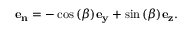
\mathbf { e _ { n } } = - \cos { ( \beta ) } \mathbf { e _ { y } } + \sin { ( \beta ) } \mathbf { e _ { z } } .